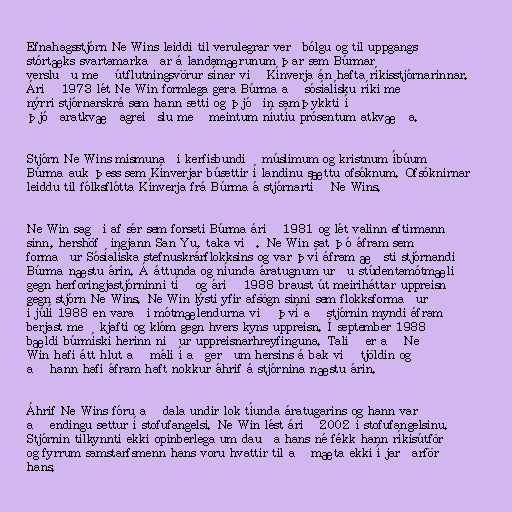
Efnahagsstjórn Ne Wins leiddi til verulegrar verðbólgu og til uppgangs
stórtæks svartamarkaðar á landamærunum þar sem Búrmar
versluðu með útflutningsvörur sínar við Kínverja án hafta ríkisstjórnarinnar.
Árið 1973 lét Ne Win formlega gera Búrma að sósíalísku ríki með
nýrri stjórnarskrá sem hann setti og þjóðin samþykkti í
þjóðaratkvæðagreiðslu með meintum níutíu prósentum atkvæða.

Stjórn Ne Wins mismunaði kerfisbundið múslimum og kristnum íbúum
Búrma auk þess sem Kínverjar búsettir í landinu sættu ofsóknum. Ofsóknirnar
leiddu til fólksflótta Kínverja frá Búrma á stjórnartíð Ne Wins.

Ne Win sagði af sér sem forseti Búrma árið 1981 og lét valinn eftirmann
sinn, hershöfðingjann San Yu, taka við. Ne Win sat þó áfram sem
formaður Sósíalíska stefnuskrárflokksins og var því áfram æðsti stjórnandi
Búrma næstu árin. Á áttunda og níunda áratugnum urðu stúdentamótmæli
gegn herforingjastjórninni tíð og árið 1988 braust út meiriháttar uppreisn
gegn stjórn Ne Wins. Ne Win lýsti yfir afsögn sinni sem flokksformaður
í júlí 1988 en varaði mótmælendurna við því að stjórnin myndi áfram
berjast með kjafti og klóm gegn hvers kyns uppreisn. Í september 1988
bældi búrmíski herinn niður uppreisnarhreyfinguna. Talið er að Ne
Win hafi átt hlut að máli í aðgerðum hersins á bak við tjöldin og
að hann hafi áfram haft nokkur áhrif á stjórnina næstu árin.

Áhrif Ne Wins fóru að dala undir lok tíunda áratugarins og hann var
að endingu settur í stofufangelsi. Ne Win lést árið 2002 í stofufangelsinu.
Stjórnin tilkynnti ekki opinberlega um dauða hans né fékk hann ríkisútför
og fyrrum samstarfsmenn hans voru hvattir til að mæta ekki í jarðarför
hans.